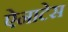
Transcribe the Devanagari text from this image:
ऐनाटेस